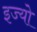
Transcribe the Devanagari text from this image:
इज्यो